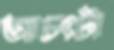
আচংটা